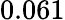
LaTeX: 0.061